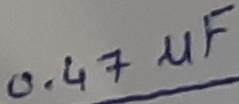
Text: 0.47µF